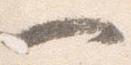
一